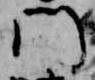
門